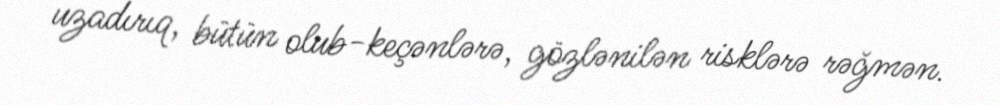
uzadırıq, bütün olub-keçənlərə, gözlənilən risklərə rəğmən.